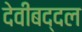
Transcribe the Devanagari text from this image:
देवीबद्दल